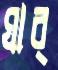
ঘাব্